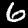
Digit: 6